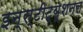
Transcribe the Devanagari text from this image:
इन्स्टीट्यूशनल